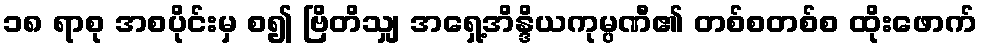
၁၈ ရာစု အစပိုင်းမှ စ၍ ဗြိတိသျှ အရှေ့အိန္ဒိယကုမ္ပဏီ၏ တစ်စတစ်စ ထိုးဖောက်